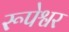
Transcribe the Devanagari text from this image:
रूपेश्वर